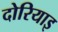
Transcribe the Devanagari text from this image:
दोरियाइ